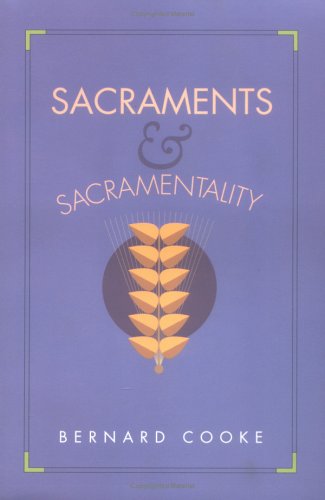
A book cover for Sacraments and Sacramentality; Bernard Cooke; Christian Books & Bibles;